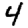
Digit: 4